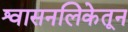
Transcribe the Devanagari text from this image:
श्वासनलिकेतून